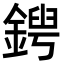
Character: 𨩤